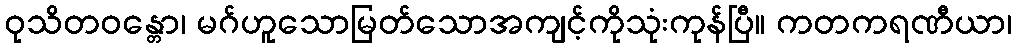
ဝုသိတဝန္တော၊ မဂ်ဟူသောမြတ်သောအကျင့်ကိုသုံးကုန်ပြီ။ ကတကရဏီယာ၊